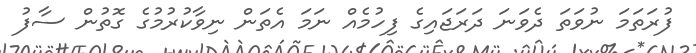
ފުރަތަމަ ނުވަތަ ދެވަނަ ދަރަޖައިގެ ފިހުމެއް ނަމަ އެތަން ނިވާކުރުމުގެ ގޮތުން ސާފު